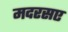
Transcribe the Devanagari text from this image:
मदरसए